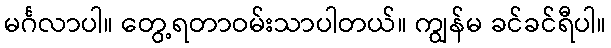
မင်္ဂလာပါ။ တွေ့ရတာဝမ်းသာပါတယ်။ ကျွန်မ ခင်ခင်ရီပါ။